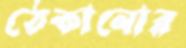
ঠেকানোর